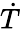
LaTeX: \dot{T}